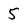
Character: 5